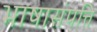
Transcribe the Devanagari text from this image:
भाषासंपत्ति